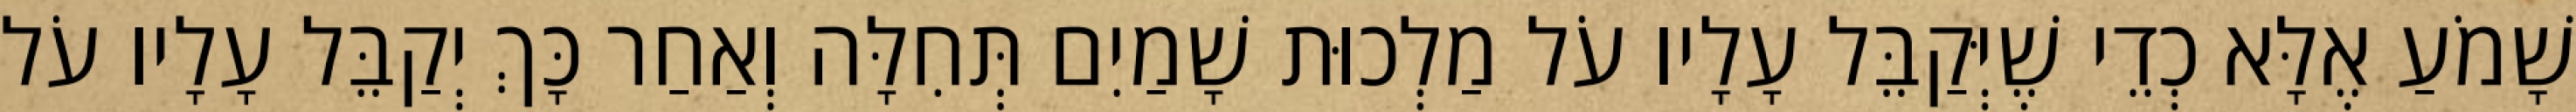
שָׁמֹעַ אֶלָּא כְדֵי שֶׁיְּקַבֵּל עָלָיו עֹל מַלְכוּת שָׁמַיִם תְּחִלָּה וְאַחַר כָּךְ יְקַבֵּל עָלָיו עֹל